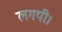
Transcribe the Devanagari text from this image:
लगयी।